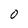
Character: O